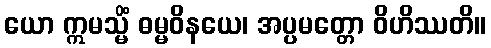
ယော ဣမသ္မိံ ဓမ္မဝိနယေ၊ အပ္ပမတ္တော ဝိဟိဿတိ။